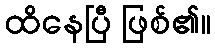
ထိနေပြီ ဖြစ်၏။